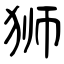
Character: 狮